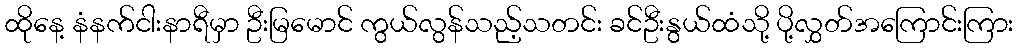
ထိုနေ့ နံနက်ငါးနာရီမှာ ဦးမြမောင် ကွယ်လွန်သည့်သတင်း ခင်ဦးနွယ်ထံသို့ ပို့လွှတ်အကြောင်းကြား